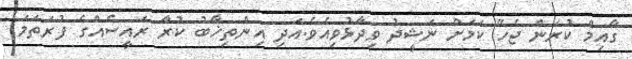
ގާއިމް ކުރަން ޖެހޭ ކަމަށް ނަޝީދު ވިދާޅުވިއެވެ.އަދި އިންތިޚާބު ކުރާ ރައީސެއްގެ ފުރަތަމަ